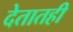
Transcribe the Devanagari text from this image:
देतातही